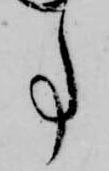
事